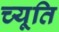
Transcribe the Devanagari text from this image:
च्यूति